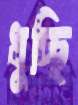
ধুচ্ছি